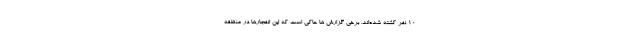
10 نفر کشته شده‌اند. برخی گزارش ها حاکی است که این انفجارها در منطقه